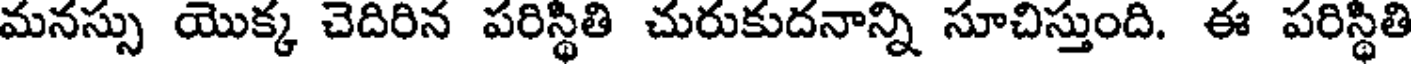
మనస్సు యొక్క చెదిరిన పరిస్థితి చురుకుదనాన్ని సూచిస్తుంది. ఈ పరిస్థితి